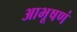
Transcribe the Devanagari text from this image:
आभूषणं